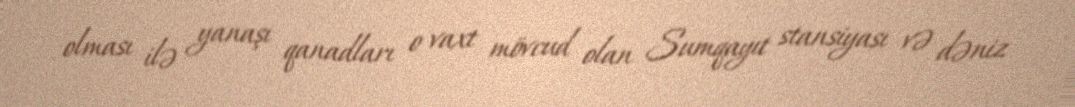
olması ilə yanaşı qanadları o vaxt mövcud olan Sumqayıt stansiyası və dəniz